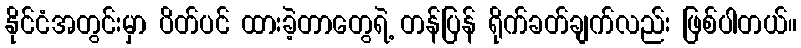
နိုင်ငံအတွင်းမှာ ပိတ်ပင် ထားခဲ့တာတွေရဲ့ တန်ပြန် ရိုက်ခတ်ချက်လည်း ဖြစ်ပါတယ်။